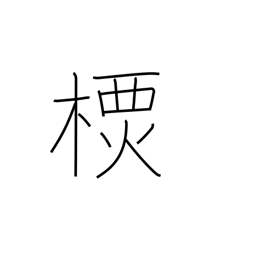
Meaning: a type of tree